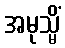
အမုသ္မိံ